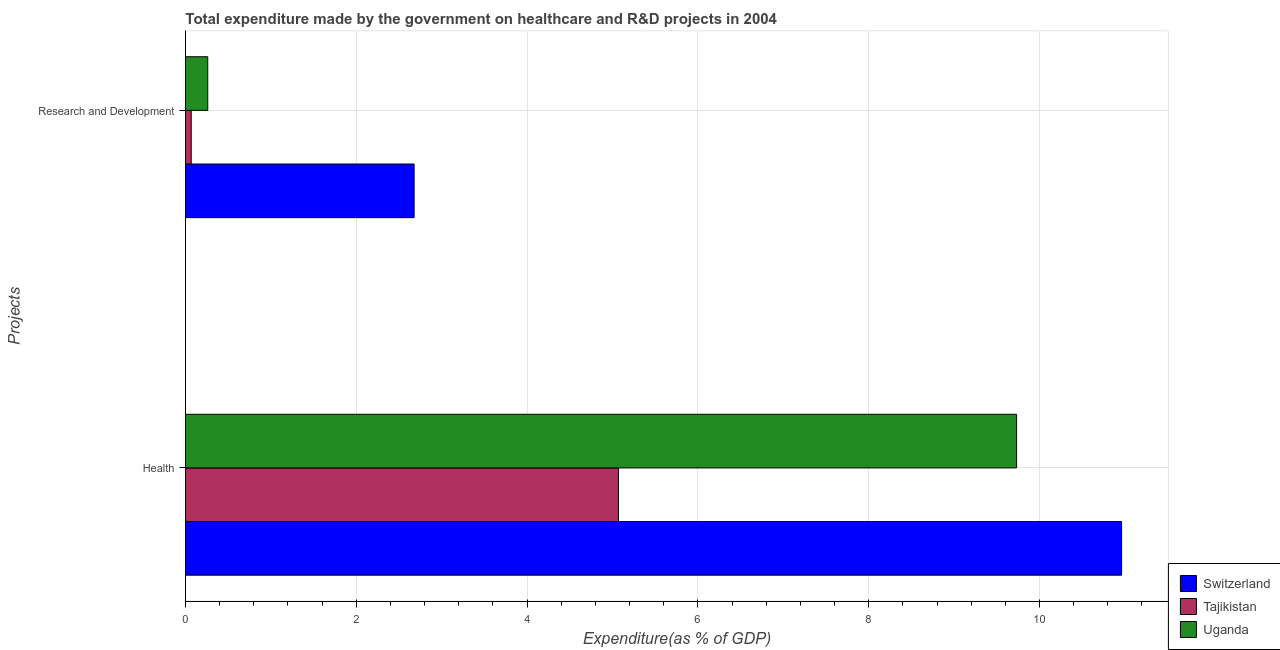
| Projects | Switzerland | Tajikistan | Uganda |
 | --- | --- | --- | --- |
 | Health | 11 | 5.07 | 9.73 |
 | Research and Development | 2.68 | 0.067 | 0.261 |